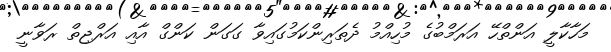
މަހާކާލީ އަންތްހޭ އަރަމްބުގެ މުހިއްމު ދެތަރިންކަމުގައިވާ ގަގަން ކަންގް އާއި އަރްޖިތް ރަވާނީ